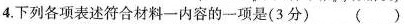
4下列各项表述符合材料一内容的一项是(3分) （ ）